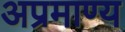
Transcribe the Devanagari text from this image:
अप्रमाण्य